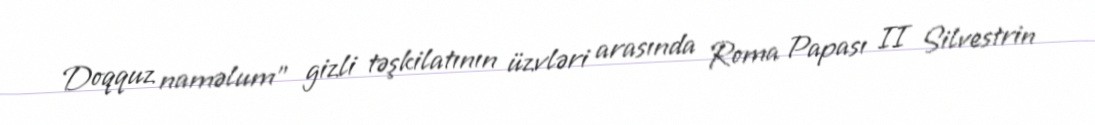
Doqquz naməlum" gizli təşkilatının üzvləri arasında Roma Papası II Silvestrin